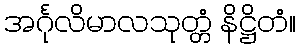
အင်္ဂုလိမာလသုတ္တံ နိဋ္ဌိတံ။